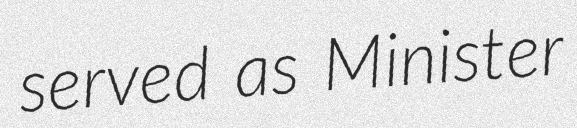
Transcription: served as Minister